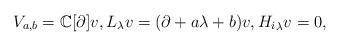
LaTeX: \begin{align*}V_{a,b}=\mathbb{C}[\partial]v,L_\lambda v=(\partial+a\lambda+b)v,{H_i}_\lambda v=0, \end{align*}